Vaccination report Assam 1896-1927 - 1896-1927
Year: 1896
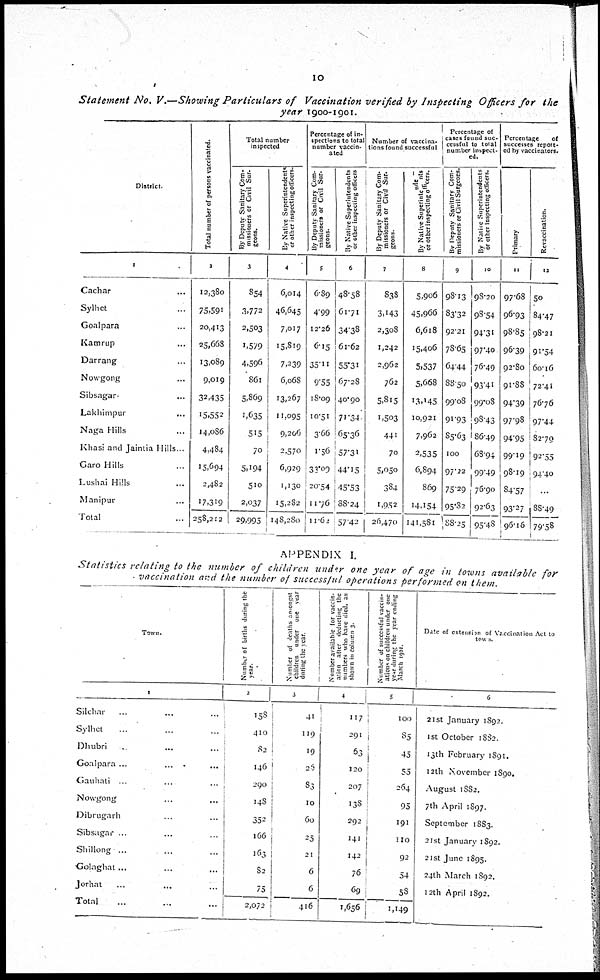
10
Statement No. V.—Showing Particulars
of Vaccination verified by Inspecting
Officers for
the
year 1900-1901.
District.
1
Cachar...
Sylhet...
Goalpara...
Kamrup...
Darrang...
Nowgong...
Sibsagar...
Lakhimpur...
Naga Hills...
Khasi and Jaintia Hills...
Garo Hills...
Lushai Hills...
Manipur...
Total...
Total number of persons vaccinated.
2
12,380
75,591
20,413
25,668
13,089
9,019
32,435
15,552
14,086
4,484
15,694
2,482
17,319
258,212
Total number
inspected
By Deputy Sanitary Com-
missioners or Civil Sur-
geons.
3
854
3,772
2,503
1,579
4,596
861
5,869
1,635
515
70
5,194
510
2,037
29,995
By Native Superintendents
or other inspecting officers.
4
6,014
46,645
7,017
15,819
7,239
6,068
13,267
11,095
9,206
2,570
6,929
1,130
15,282
148,280
Percentage of In-
spections to total
number vaccin-
ated
By Deputy Sanitary Com-
missioners or Civil Sur-
geons.
5
6.89
4.99
12.26
6.15
35.11
9.55
18.09
10.51
3.66
1.56
33.09
20.54
11.76
11.62
By Native Superintendents
or other inspecting officers
6
48.58
61.71
34.38
61.62
55.31
67.28
40.90
71.34
65.36
57.31
44.15
45.53
88.24
57.42
Number of vaccina-
tions found successful
By Deputy Sanitary Com-
missioners or Civil Sur-
geons.
7
838
3,143
2,308
1,242
2,962
762
5,815
1,503
441
70
5,050
384
1,952
26,470
By Native Superintendents
or other Inspecting officers.
8
5,906
45,966
6,618
15,406
5,537
5,668
13,145
10,921
7,962
2,535
6,894
869
14,154
141,581
Percentage of
cases found suc-
cessful to total
number inspect-
ed.
By Deputy Sanitary Com-
missioners or Civil Surgeons.
9
98.13
83.32
92.21
78.65
64.44
88.50
99.08
91.93
85.63
100
97.72
75.29
95.82
88.25
By Native Superintendents
or other inspecting officers.
10
98.20
98.54
94.31
97.40
76.49
93.41
99.08
98.43
86.49
68.94
99.49
76.90
92.63
95.48
Percentage
of
successes report-
ed by vaccinators.
Primary
11
97.68
96.93
98.85
96.39
92.80
91.88
94.39
97.98
94.95
99.19
98.19
84.57
93.27
96.16
Revaccination.
12
50
84.47
98.21
91.54
60.16
72.41
76.76
97.44
82.79
92.55
94.40
...
88.49
79.58
APPENDIX I.
Statistics
relating to the number of children under one year of age in towns available
for
vaccination and the number of successful operations performed on them.
Town.
1
Silchar... ...
Sylhet... ...
Dhubri... ...
Goalpara ... ...
Gauhati...
Nowgong... ...
Dibrugarh... ...
Sibsagar ...
Shillong ...
Golaghat...
Jorhat...
Total...
Number of births during the
year.
2
158
410
82
146
290
148
352
166
163
82
75
2,072
Number of deaths amongst
children under one year
during the year.
3
41
119
19
26
83
10
60
25
21
6
6
416
Number available for vaccin-
ation after deducting the
numbers who here died, as
shown in column 3
4
117
291
63
120
207
138
292
141
142
76
69
1,656
Number of successful vaccin-
ations on children under one
year during the year ending
March 1901.
5
100
85
45
55
264
95
191
110
92
54
58
1,149
Date of extension of Vaccination Act to
town.
6
21st January 1892.
1st October 1882.
13th February 1891.
12th November 1890.
August 1882.
7th April 1897.
September 1883.
21st January 1892.
21st June 1895.
24th March 1892.
12th April 1892.